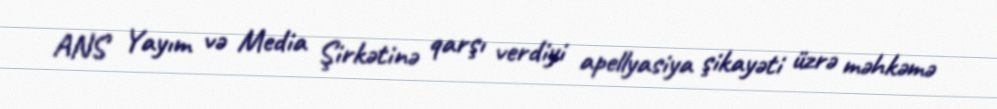
ANS Yayım və Media Şirkətinə qarşı verdiyi apellyasiya şikayəti üzrə məhkəmə